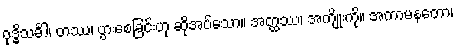
ဝုဒ္ဓိသင်္ခါ၊ တဿ၊ ပွားစေခြင်းဟု ဆိုအပ်သော။ အတ္ထဿ၊ အကျိုးကို။ အကာမနတော၊